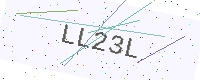
Text: LL23L